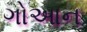
ગોઆન